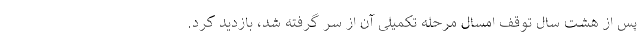
پس از هشت سال توقف امسال مرحله تکمیلی آن از سر گرفته شد، بازدید کرد.